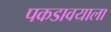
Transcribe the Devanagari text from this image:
पकडावयाला